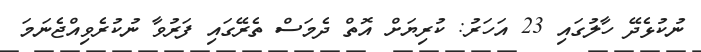
ނުކުޅެދޭ ހާލުގައި 23 އަހަރު: ކުރިޔަށް އޮތް ދެމަސް ތެރޭގައި ފަރުވާ ނުކުރެވިއްޖެނަމަ